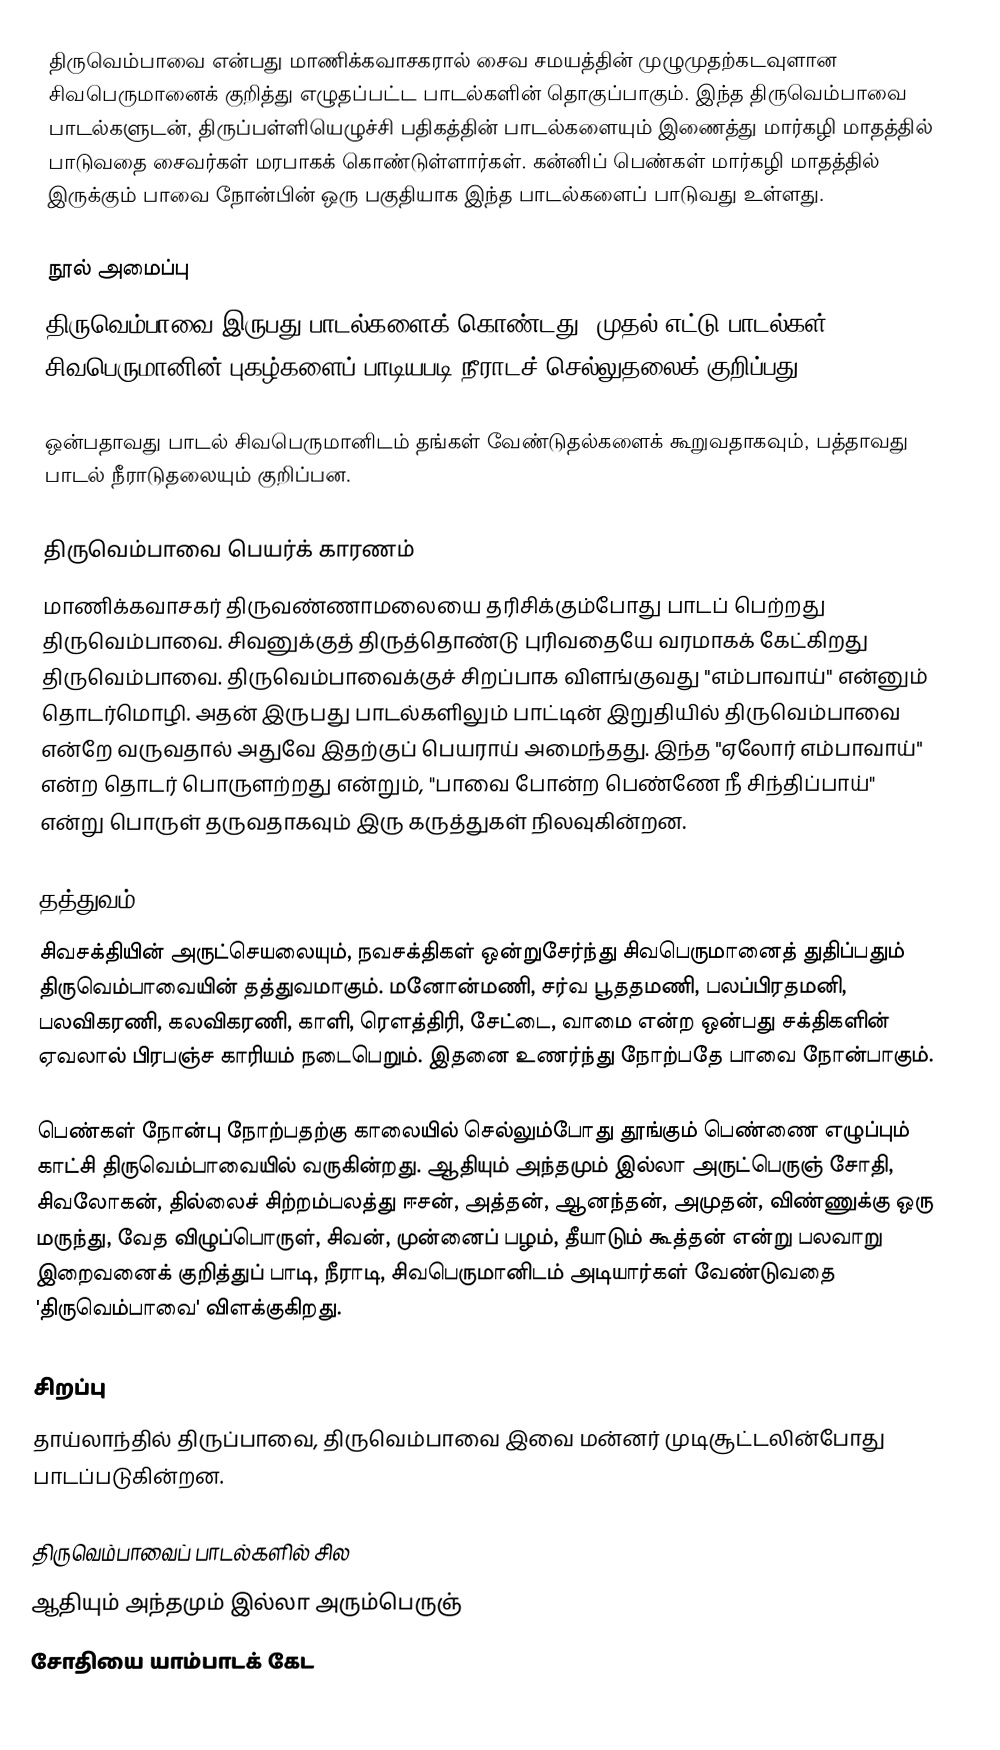
திருவெம்பாவை என்பது மாணிக்கவாசகரால் சைவ சமயத்தின் முழுமுதற்கடவுளான சிவபெருமானைக் குறித்து எழுதப்பட்ட பாடல்களின் தொகுப்பாகும். இந்த திருவெம்பாவை பாடல்களுடன், திருப்பள்ளியெழுச்சி பதிகத்தின் பாடல்களையும் இணைத்து மார்கழி மாதத்தில் பாடுவதை சைவர்கள் மரபாகக் கொண்டுள்ளார்கள்.  கன்னிப் பெண்கள் மார்கழி மாதத்தில் இருக்கும் பாவை நோன்பின் ஒரு பகுதியாக இந்த பாடல்களைப் பாடுவது உள்ளது.

நூல் அமைப்பு
திருவெம்பாவை இருபது பாடல்களைக் கொண்டது. முதல் எட்டு பாடல்கள் சிவபெருமானின் புகழ்களைப் பாடியபடி நீராடச் செல்லுதலைக் குறிப்பது.

ஒன்பதாவது பாடல் சிவபெருமானிடம் தங்கள் வேண்டுதல்களைக் கூறுவதாகவும், பத்தாவது பாடல் நீராடுதலையும் குறிப்பன.

திருவெம்பாவை பெயர்க்  காரணம்
மாணிக்கவாசகர் திருவண்ணாமலையை தரிசிக்கும்போது பாடப் பெற்றது திருவெம்பாவை. சிவனுக்குத் திருத்தொண்டு புரிவதையே வரமாகக் கேட்கிறது திருவெம்பாவை. திருவெம்பாவைக்குச் சிறப்பாக விளங்குவது "எம்பாவாய்" என்னும் தொடர்மொழி. அதன் இருபது பாடல்களிலும் பாட்டின் இறுதியில் திருவெம்பாவை என்றே வருவதால் அதுவே இதற்குப் பெயராய் அமைந்தது. இந்த "ஏலோர் எம்பாவாய்" என்ற தொடர் பொருளற்றது என்றும், "பாவை போன்ற பெண்ணே நீ சிந்திப்பாய்" என்று பொருள் தருவதாகவும் இரு கருத்துகள் நிலவுகின்றன.

தத்துவம்
சிவசக்தியின் அருட்செயலையும், நவசக்திகள் ஒன்றுசேர்ந்து சிவபெருமானைத் துதிப்பதும் திருவெம்பாவையின் தத்துவமாகும். மனோன்மணி, சர்வ பூததமணி, பலப்பிரதமனி, பலவிகரணி, கலவிகரணி, காளி, ரெளத்திரி, சேட்டை, வாமை என்ற ஒன்பது சக்திகளின் ஏவலால் பிரபஞ்ச காரியம் நடைபெறும். இதனை உணர்ந்து நோற்பதே பாவை நோன்பாகும்.

பெண்கள் நோன்பு நோற்பதற்கு காலையில் செல்லும்போது தூங்கும் பெண்ணை எழுப்பும் காட்சி திருவெம்பாவையில் வருகின்றது. ஆதியும் அந்தமும் இல்லா அருட்பெருஞ் சோதி, சிவலோகன், தில்லைச் சிற்றம்பலத்து ஈசன், அத்தன், ஆனந்தன், அமுதன், விண்ணுக்கு ஒரு மருந்து, வேத விழுப்பொருள், சிவன், முன்னைப் பழம், தீயாடும் கூத்தன் என்று பலவாறு இறைவனைக் குறித்துப் பாடி, நீராடி, சிவபெருமானிடம் அடியார்கள் வேண்டுவதை 'திருவெம்பாவை' விளக்குகிறது.

சிறப்பு
தாய்லாந்தில் திருப்பாவை, திருவெம்பாவை இவை மன்னர் முடிசூட்டலின்போது பாடப்படுகின்றன.

திருவெம்பாவைப் பாடல்களில் சில
ஆதியும் அந்தமும் இல்லா அரும்பெருஞ்
சோதியை யாம்பாடக் கேட